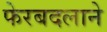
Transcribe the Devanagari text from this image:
फेरबदलाने